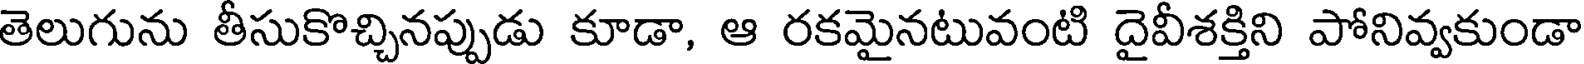
తెలుగును తీసుకొచ్చినప్పుడు కూడా, ఆ రకమైనటువంటి దైవీశక్తిని పోనివ్వకుండా